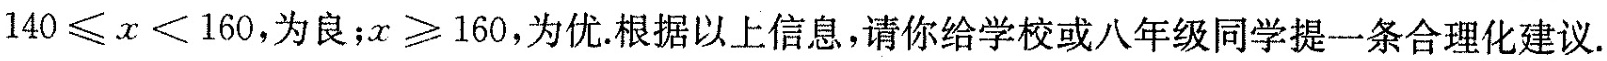
$$1 4 0 ≤ x < 1 6 0$$，为良；$$x ≥ 1 6 0$$，为优。根据以上信息，请你给学校或八年级同学提一条合理化建议.